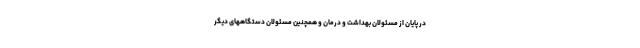
در پایان از مسئولان بهداشت و درمان و همچنین مسئولان دستگاههای دیگر